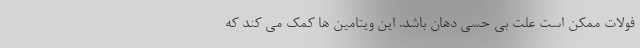
فولات ممکن است علت بی حسی دهان باشد. این ویتامین ها کمک می کند که